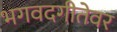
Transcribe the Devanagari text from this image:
भगवदगीतेवर